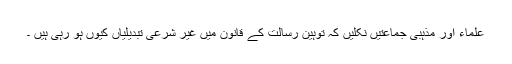
علماء اور مذہبی جماعتیں نکلیں کہ توہین رسالت کے قانون میں غیر شرعی تبدیلیاں کیوں ہو رہی ہیں ۔